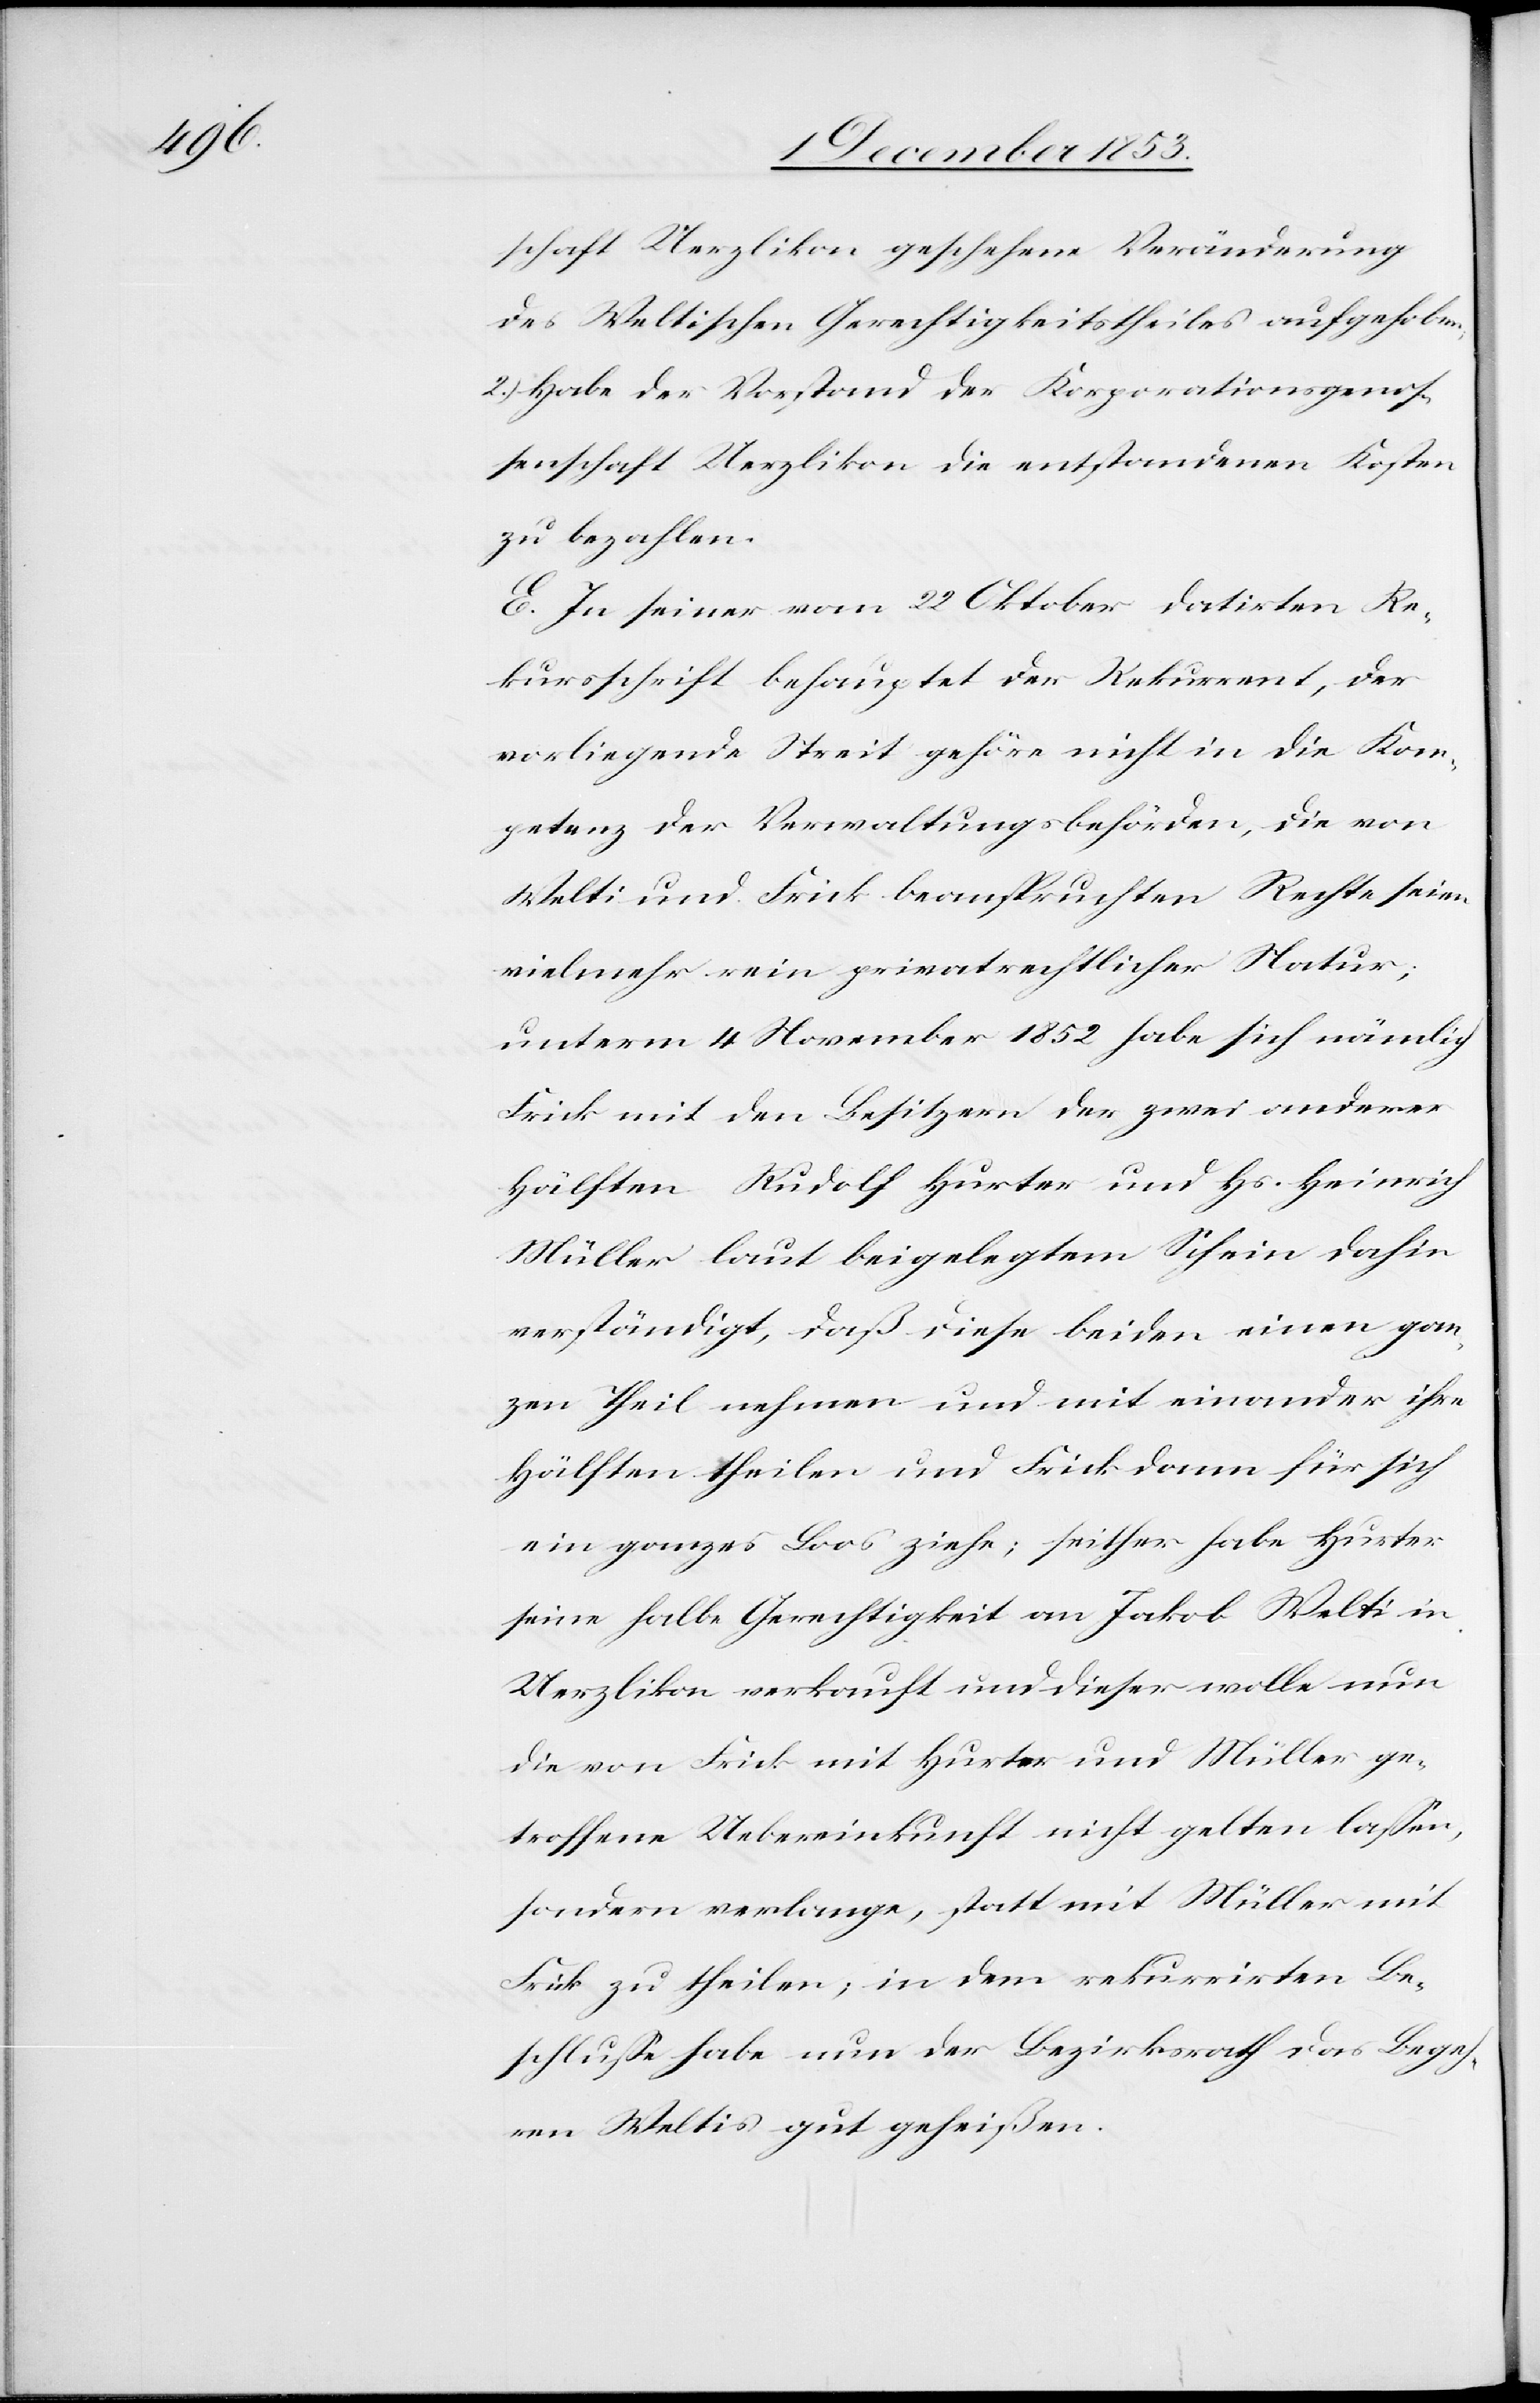
schaft Uerzlikon geschehene Veränderung
des Weltischen Gerechtigkeitstheiles aufgehoben
2.) Habe der Vorstand der Korporationsgenoß¬
enschaft Uerzlikon die entstandenen Kosten
zu bezahlen.
E. In seiner vom 22 Oktober datirten Re¬
kursschrift behauptet der Rekurrent, der
vorliegende Streit gehöre nicht in die Kom¬
petenz der Verwaltungsbehörden, die von
Welti und Frick beanspruchten Rechte seien
vielmehr rein privatrechtlicher Natur;
unterm 4 November 1852 habe sich nämlich
Frick mit den Besitzern der zwei anderen
Hälften Rudolf Hurter und Hs. Heinrich
Müller laut beigelegtem Schein dahin
verständigt, daß diese beiden einen gan¬
zen Theil nehmen und mit einander ihre
Hälften theilen und Frick dann für sich
ein ganzes Loos ziehe; seither habe Hurter
seine halbe Gerechtigkeit an Jakob Welti in
Uerzlikon verkauft und dieser wolle nun
die von Frick mit Hurter und Müller ge¬
troffene Uebereinkunft nicht gelten laßen,
sondern verlange, statt mit Müller mit
Frick zu theilen, in dem rekurrirten Be¬
schluße habe nun der Bezirksrath das Begeh¬
ren Weltis gut geheißen.